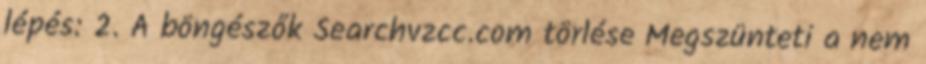
lépés: 2. A böngészők Searchvzcc.com törlése Megszünteti a nem